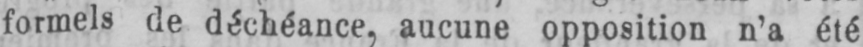
formels de déchéance, aucune opposition n’a été